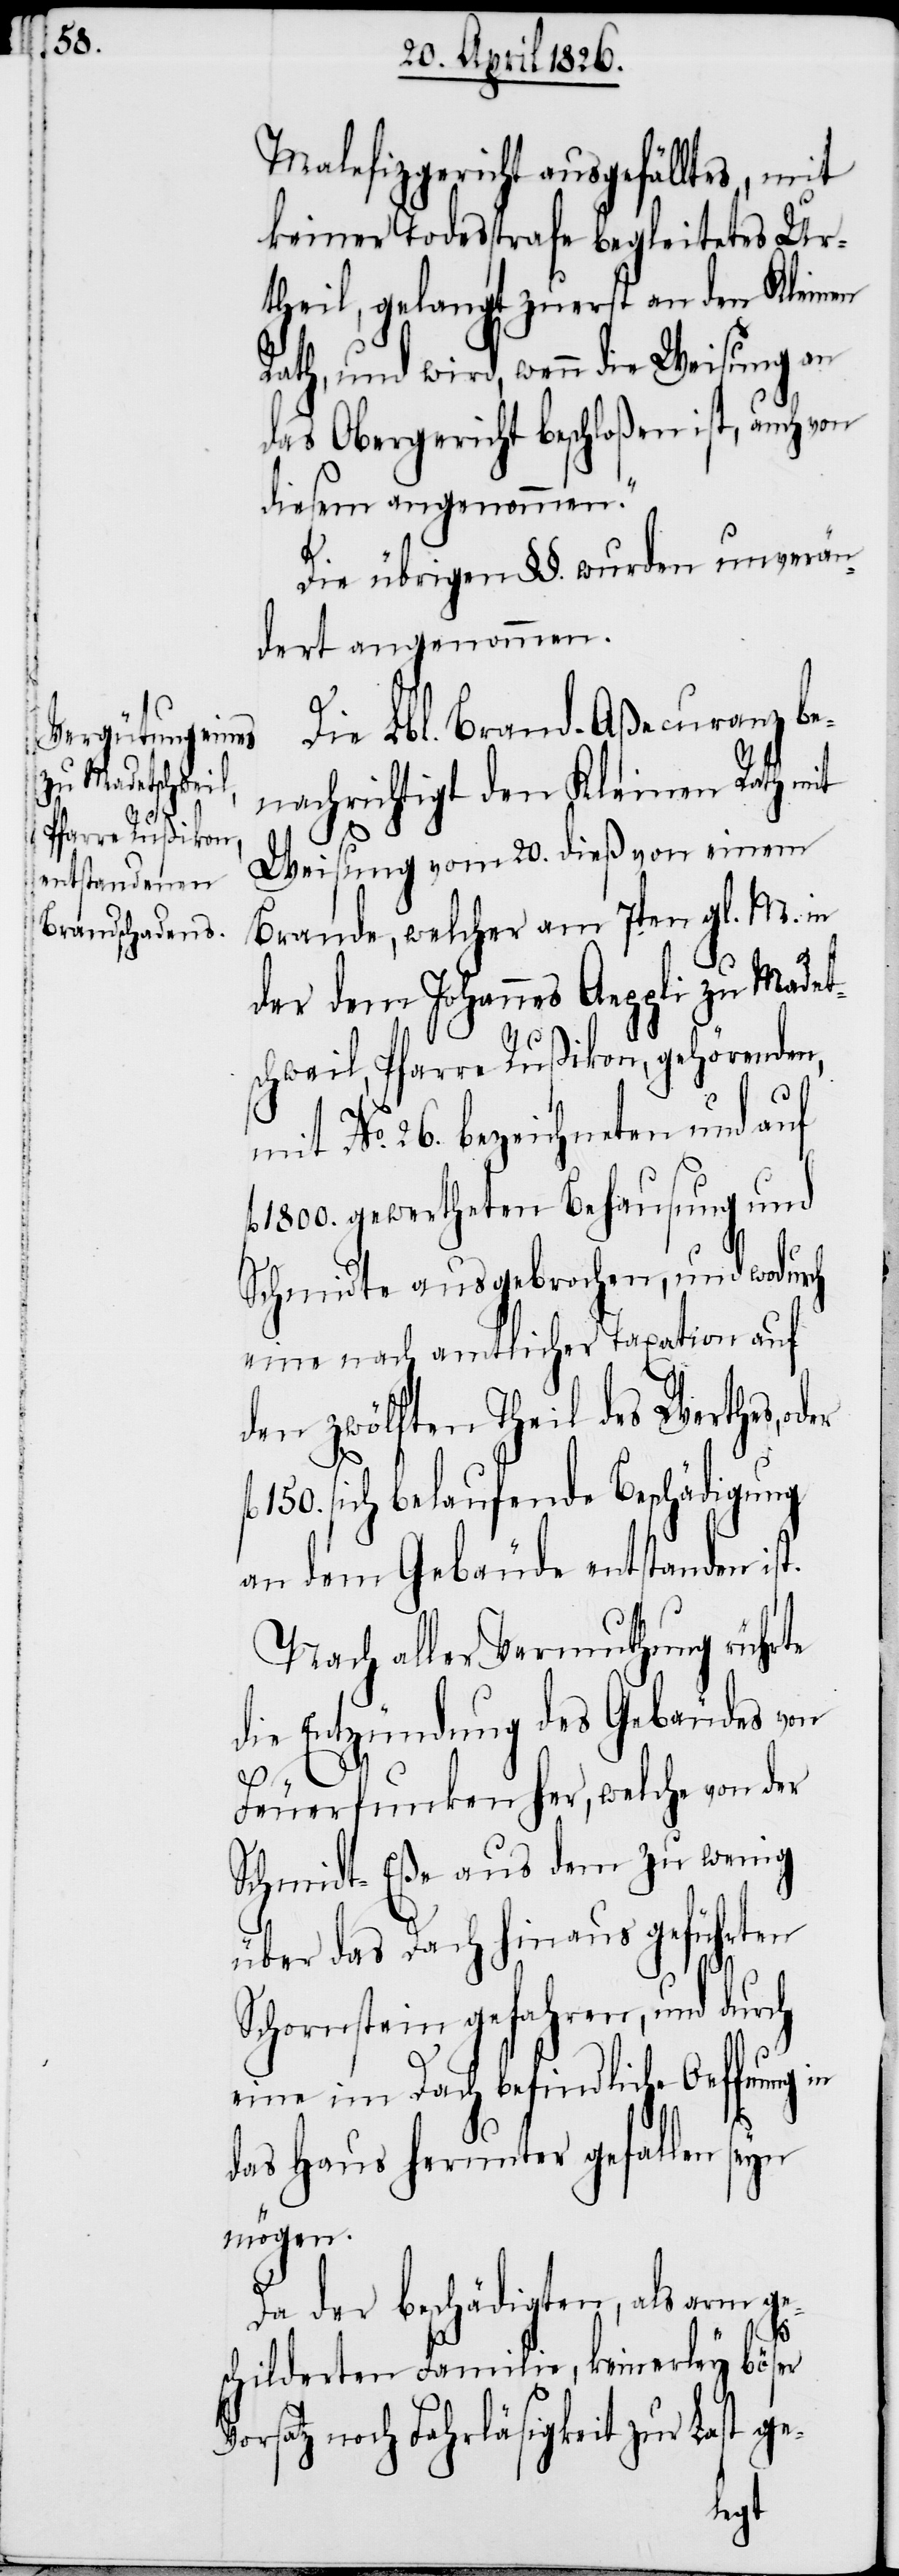
Malefizgericht ausgefälltes, mit
keiner Todesstrafe begleitetes Ur¬
theil, gelangt zuerst an den Kleinen
Rath, und wird, wenn die Weisung an
das Obergericht beschloßen ist, auch von
diesem angenommen.“
Die übrigen §§. wurden unverän¬
dert angenommen.
Die Lbl. Brand-Aßecuranz be¬
nachrichtigt den Kleinen Rath mit
Weisung vom 20. dieß von einem
Brande, welcher am 7ten gl. M. in
der dem Johannes Aeppli zu Madet¬
schweil, Pfarre Rußikon, gehörenden,
mit No. 26. bezeichneten und auf
1800. gewertheten Behausung und
Schmidte ausgebrochen, und wodurch
eine nach amtlicher Taxation auf
den zwölften Theil des Werthes, o¬
150. sich belaufende Beschädigung
an dem Gebäude entstanden ist.
Nach aller Vermuthung rührte
die Entzündung des Gebäudes von
V¬
Feuerfunken her, welche von der
Schmidt-Eße aus dem zu wenig
über das Dach hinaus geführten
Schornstein gefahren, und durch
eine im Dach befindliche Oeffnung in
das Haus herunter gefallen seyn
mögen.
Da der beschädigten, als arm ge¬
schilderten Familie, keinerley böser
orsatz noch Fahrläsigkeit zur Last ge-